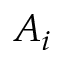
A _ { i }